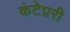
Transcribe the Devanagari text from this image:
कंटेप्ररी